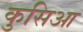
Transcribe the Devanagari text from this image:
कुसिआ